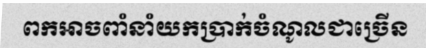
ពកអាចពាំនាំយកប្រាក់ចំណូលជាច្រើន